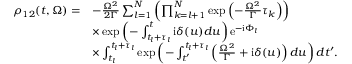
\begin{array} { r l } { \rho _ { 1 2 } ( t , \Omega ) = } & { - \frac { \Omega ^ { 2 } } { 2 \Gamma } \sum _ { l = 1 } ^ { N } \left( \prod _ { k = l + 1 } ^ { N } \exp \left( - \frac { \Omega ^ { 2 } } { \Gamma } \tau _ { k } \right) \right) } \\ & { \times \exp \left( - \int _ { t _ { l } + \tau _ { l } } ^ { t } \mathrm { i } \delta ( u ) d u \right) \mathrm { e } ^ { - \mathrm { i } \Phi _ { l } } } \\ & { \times \int _ { t _ { l } } ^ { t _ { l } + \tau _ { l } } \exp \left( - \int _ { t ^ { \prime } } ^ { t _ { l } + \tau _ { l } } \left( \frac { \Omega ^ { 2 } } { \Gamma } + \mathrm { i } \delta ( u ) \right) d u \right) d t ^ { \prime } . } \end{array}